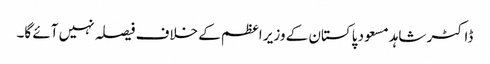
ڈاکٹر شاہد مسعود پاکستان کے وزیر اعظم کے خلاف فیصلہ نہیں آئے گا۔